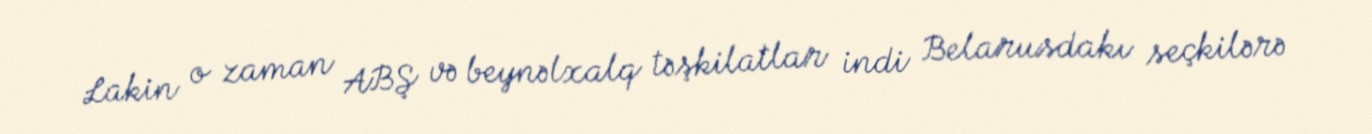
Lakin o zaman ABŞ və beynəlxalq təşkilatlar indi Belarusdakı seçkilərə